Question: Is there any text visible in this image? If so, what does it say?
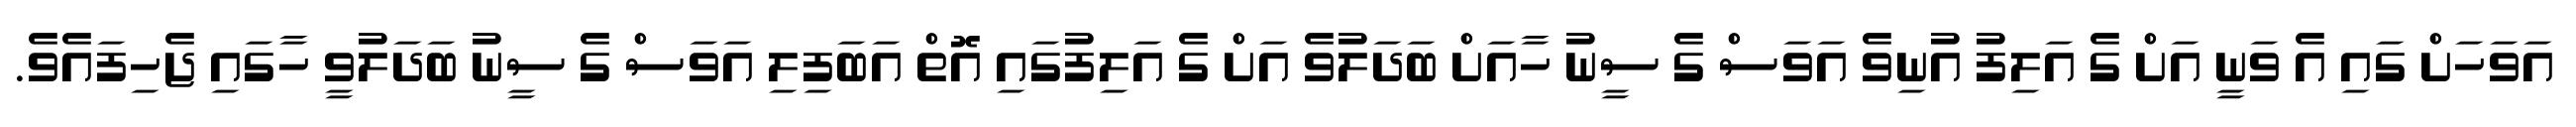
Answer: އަވަހަށް ގައި އެ ވަނީ އަށް ގެ އަލިފު އުނިވެ އަވަސް ގެ ސީނު ހާއަށް ބަދަލުވެ އަށް ގެ އަލިފުގައި އޮތް އަބަފިލި އަވަސް ގެ ސީނު ބަދަލުވީ ހާގައި ޖެހިފައެވެ.